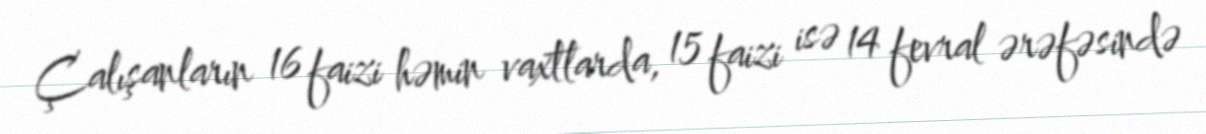
Çalışanların 16 faizi həmin vaxtlarda, 15 faizi isə 14 fevral ərəfəsində